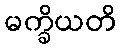
မက္ခိယတိ